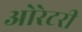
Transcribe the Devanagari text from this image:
ओरेटरी